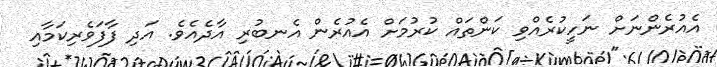
އެއުރެންނަށް ނަހީކުރެއްވި ކަންތައް ކުރުމަށް އެއުރެން އެނބުރި އާދެއެވެ. އަދި ފާފަވެރިކަމާއި